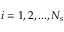
i = 1 , 2 , . . . , N _ { s }